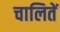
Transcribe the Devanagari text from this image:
चालितें